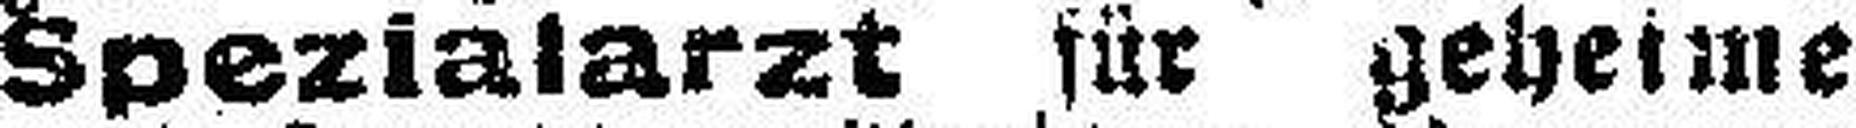
Spezialarzt für geheime